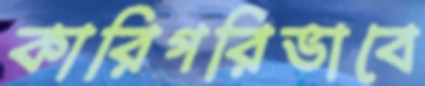
কারিগরিভাবে